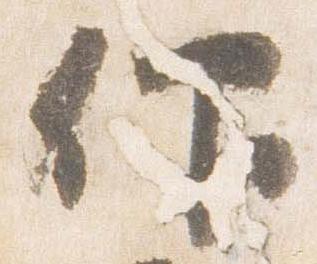
仰